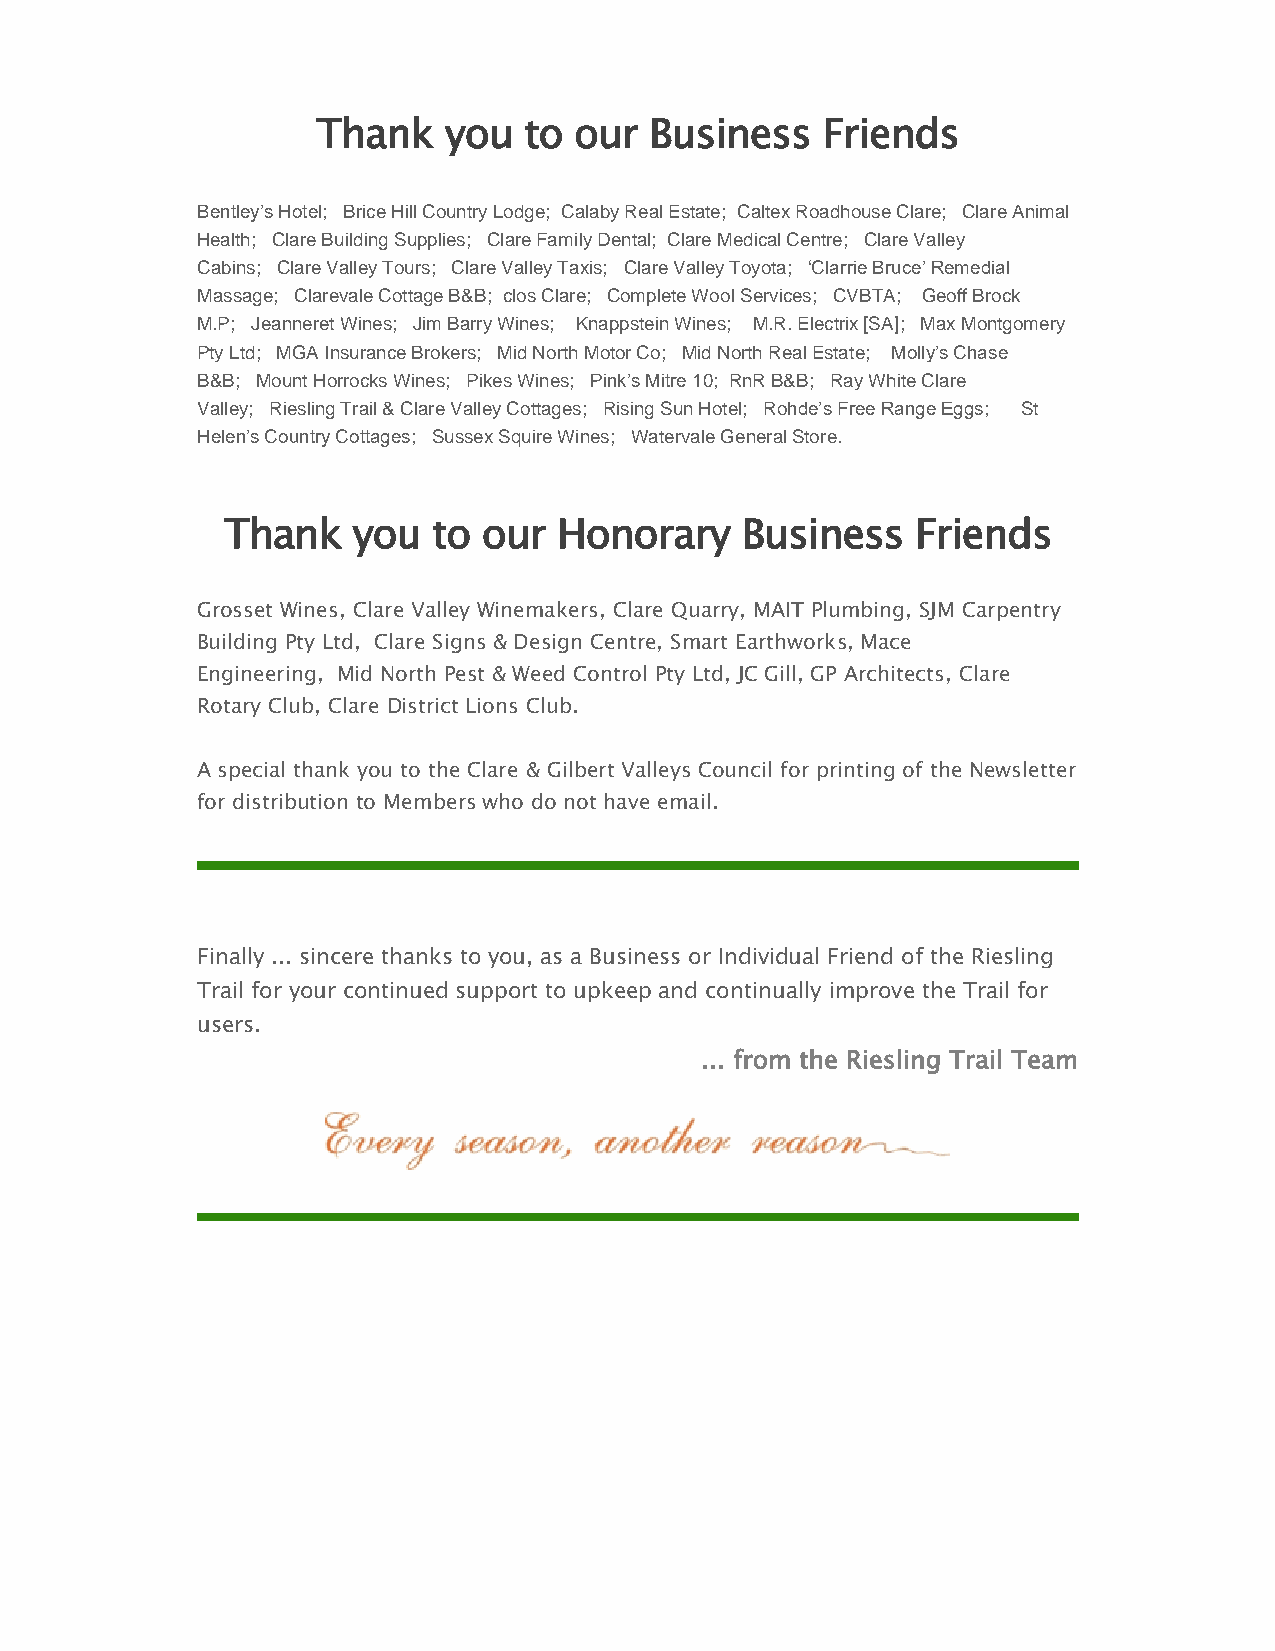
Thank   you   to our  Business   Friends
 Bentley’s Hotel; Brice Hill Country Lodge; Calaby Real Estate; Caltex Roadhouse Clare; Clare Animal
 Health; Clare Building Supplies; Clare Family Dental; Clare Medical Centre; Clare Valley
 Cabins; Clare Valley Tours; Clare Valley Taxis; Clare Valley Toyota; ‘Clarrie Bruce’ Remedial
 Massage; Clarevale Cottage B&B; clos Clare; Complete Wool Services; CVBTA; Geoff Brock
 M.P; Jeanneret Wines; Jim Barry Wines; Knappstein Wines; M.R. Electrix [SA]; Max Montgomery
 Pty Ltd; MGA Insurance Brokers; Mid North Motor Co; Mid North Real Estate; Molly’s Chase
 B&B; Mount Horrocks Wines; Pikes Wines; Pink’s Mitre 10; RnR B&B; Ray White Clare
 Valley; Riesling Trail & Clare Valley Cottages; Rising Sun Hotel; Rohde’s Free Range Eggs; St
 Helen’s Country Cottages; Sussex Squire Wines; Watervale General Store.
 Thank   you   to our  Honorary    Business    Friends
 Grosset Wines, Clare Valley Winemakers, Clare Quarry, MAIT Plumbing, SJM Carpentry
 Building Pty Ltd, Clare Signs & Design Centre, Smart Earthworks, Mace
 Engineering, Mid North Pest & Weed Control Pty Ltd, JC Gill, GP Architects, Clare
 Rotary Club, Clare District Lions Club.
 A special thank you to the Clare & Gilbert Valleys Council for printing of the Newsletter
 for distribution to Members who do not have email.
 Finally ... sincere thanks to you, as a Business or Individual Friend of the Riesling
 Trail for your continued support to upkeep and continually improve the Trail for
 users.
 ... from the Riesling Trail Team